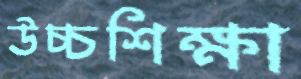
উচ্চশিক্ষা